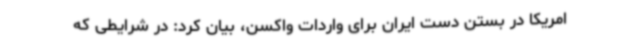
امریکا در بستن دست ایران برای واردات واکسن، بیان کرد: در شرایطی که